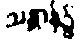
သန္တာန်၌